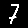
Digit: 7